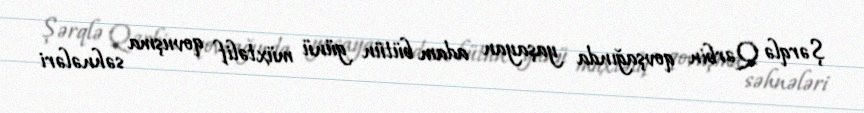
Şərqlə Qərbin qovşağında yaşayan adam bütün günü müxtəlif qovuşma səhnələri